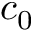
c _ { 0 }